Lunatic asylums Central Provinces reports 1886-1894 - 1886-1894
Year: 1886
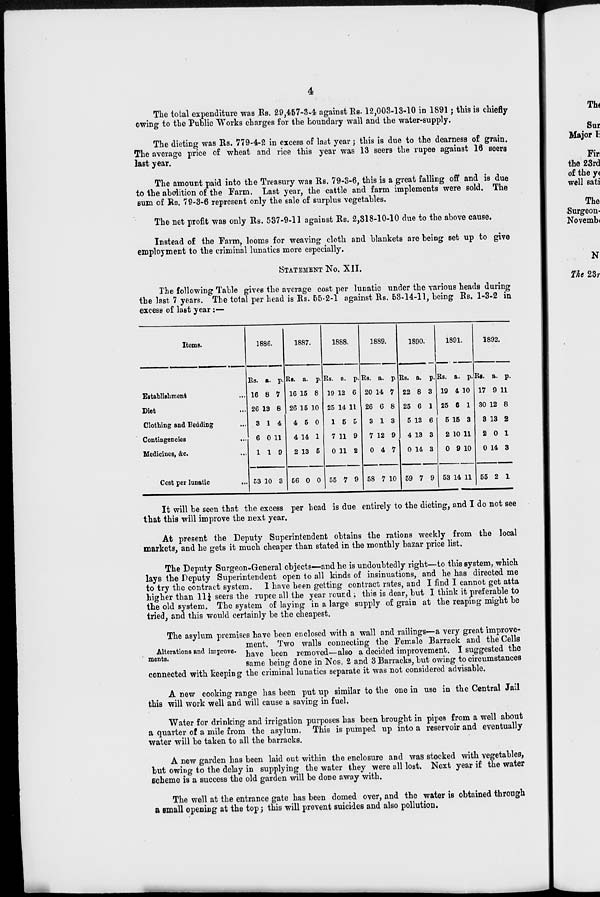
4
The total expenditure was Rs. 29,457-3-4 against Rs. 12,003-13-10 in 1891 ; this is chiefly
owing to the Public Works charges for the boundary wail and the water-supply.
The dieting was Rs. 779-4-2 in excess of last year ; this is due to the dearness of grain.
The average price of wheat and rice this year was 13 seers the rupee against 16 seers
last year.
The amount paid into the Treasury was Rs. 79-3-6, this is a great falling off and is due
to the abolition of the Farm. Last year, the cattle and farm implements were sold. The
sum of Rs. 79-3-6 represent only the sale of surplus vegetables.
The net profit was only Rs. 537-9-11 against Rs. 2,318-10-10 due to the above cause.
Instead of the Farm, looms for weaving cloth and blankets are being set up to give
employment to the criminal lunatics more especially.
STATEMENT No. XII.
The following Table gives the average cost per lunatic under the various heads during
the last 7 years. The total per head is Rs. 55-2-1 against Rs. 53-14-11, being Rs. 1-3-2 in
excess of last year:—
Items.
Establishment ...
Diet ...
Clothing and Bedding ...
Contingencies ...
Medicines, &c. ...
Cost per lunatic
...
1886.
Rs.
16
26
3
6
1
53
a.
8
13
1
0
1
10
p.
7
6
4
11
9
3
1887.
Rs.
16
26
4
4
2
56
a.
15
15
5
14
13
0
p.
8
10
0
1
5
0
1888.
Rs.
19
25
1
7
0
55
a.
12
14
5
11
11
7
p.
6
11
5
9
2
9
1889.
Rs.
20
26
3
7
0
58
a.
14
6
1
12
4
7
p.
7
8
3
9
7
10
1890.
Rs.
22
25
5
4
0
59
a.
8
6
13
13
14
7
p.
3
1
6
3
3
9
1891.
Rs.
19
25
5
2
0
53
a.
4
6
15
10
9
14
p.
10
1
3
11
10
11
1892.
Rs.
17
30
3
2
0
55
a.
9
12
13
0
14
2
p.
11
8
2
1
3
1
It will be seen that the excess per head is due entirely to the dieting, and I do not see
that this will improve the next year.
At present the Deputy Superintendent obtains the rations weekly from the local
markets, and he gets it much cheaper than stated in the monthly bazar price list.
The Deputy Surgeon-General objects—and he is undoubtedly right—to this system, which
lays the Deputy Superintendent open to all kinds of insinuations, and he has directed me
to try the contract system. I have been getting contract rates, and I find I cannot get atta
higher than 11¼ seers the rupee all the year round, this is dear, but I think it preferable to
the old system. The system of laying in a large supply of grain at the reaping might be
tried, and this would certainly be the cheapest.
Alterations and improve-
ments.
The asylum premises have been enclosed with a wall and railings—a very great improve-
ment. Two walls connecting the Female Barrack and the Cells
have been removed—also a decided improvement. I suggested the
same being done in Nos. 2 and 3 Barracks, but owing to circumstances
connected with keeping the criminal lunatics separate it was not considered advisable.
A new cooking range has been put up similar to the one in use in the Central Jail
this will work well and will cause a saving in fuel.
Water for drinking and irrigation purposes has been brought in pipes from a well about
a quarter of a mile from the asylum. This is pumped up into a reservoir and eventually
water will be taken to all the barracks.
A new garden has been laid out within the enclosure and was stocked with vegetables,
but owing to the delay in supplying the water they were all lost. Next year if the water
scheme is a success the old garden will be done away with.
The well at the entrance gate has been domed over, and the water is obtained through
a small opening at the top ; this will prevent suicides and also pollution.